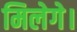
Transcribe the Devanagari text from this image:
मिलेगे।